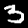
Digit: 3